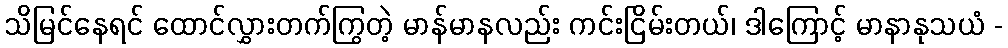
သိမြင်နေရင် ထောင်လွှားတက်ကြွတဲ့ မာန်မာနလည်း ကင်းငြိမ်းတယ်၊ ဒါကြောင့် မာနာနုသယံ -